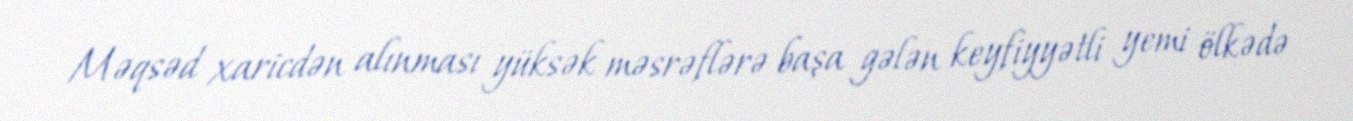
Məqsəd xaricdən alınması yüksək məsrəflərə başa gələn keyfiyyətli yemi ölkədə